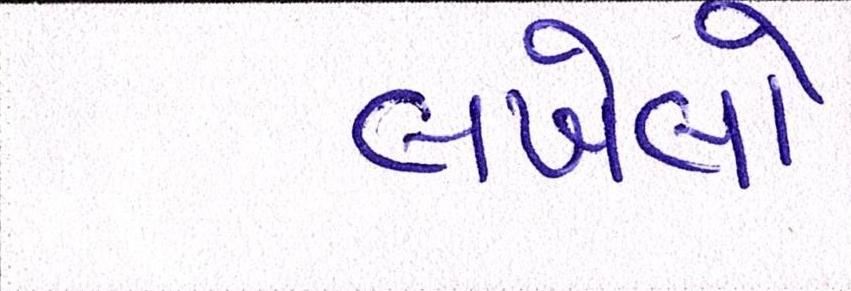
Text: લખેલો